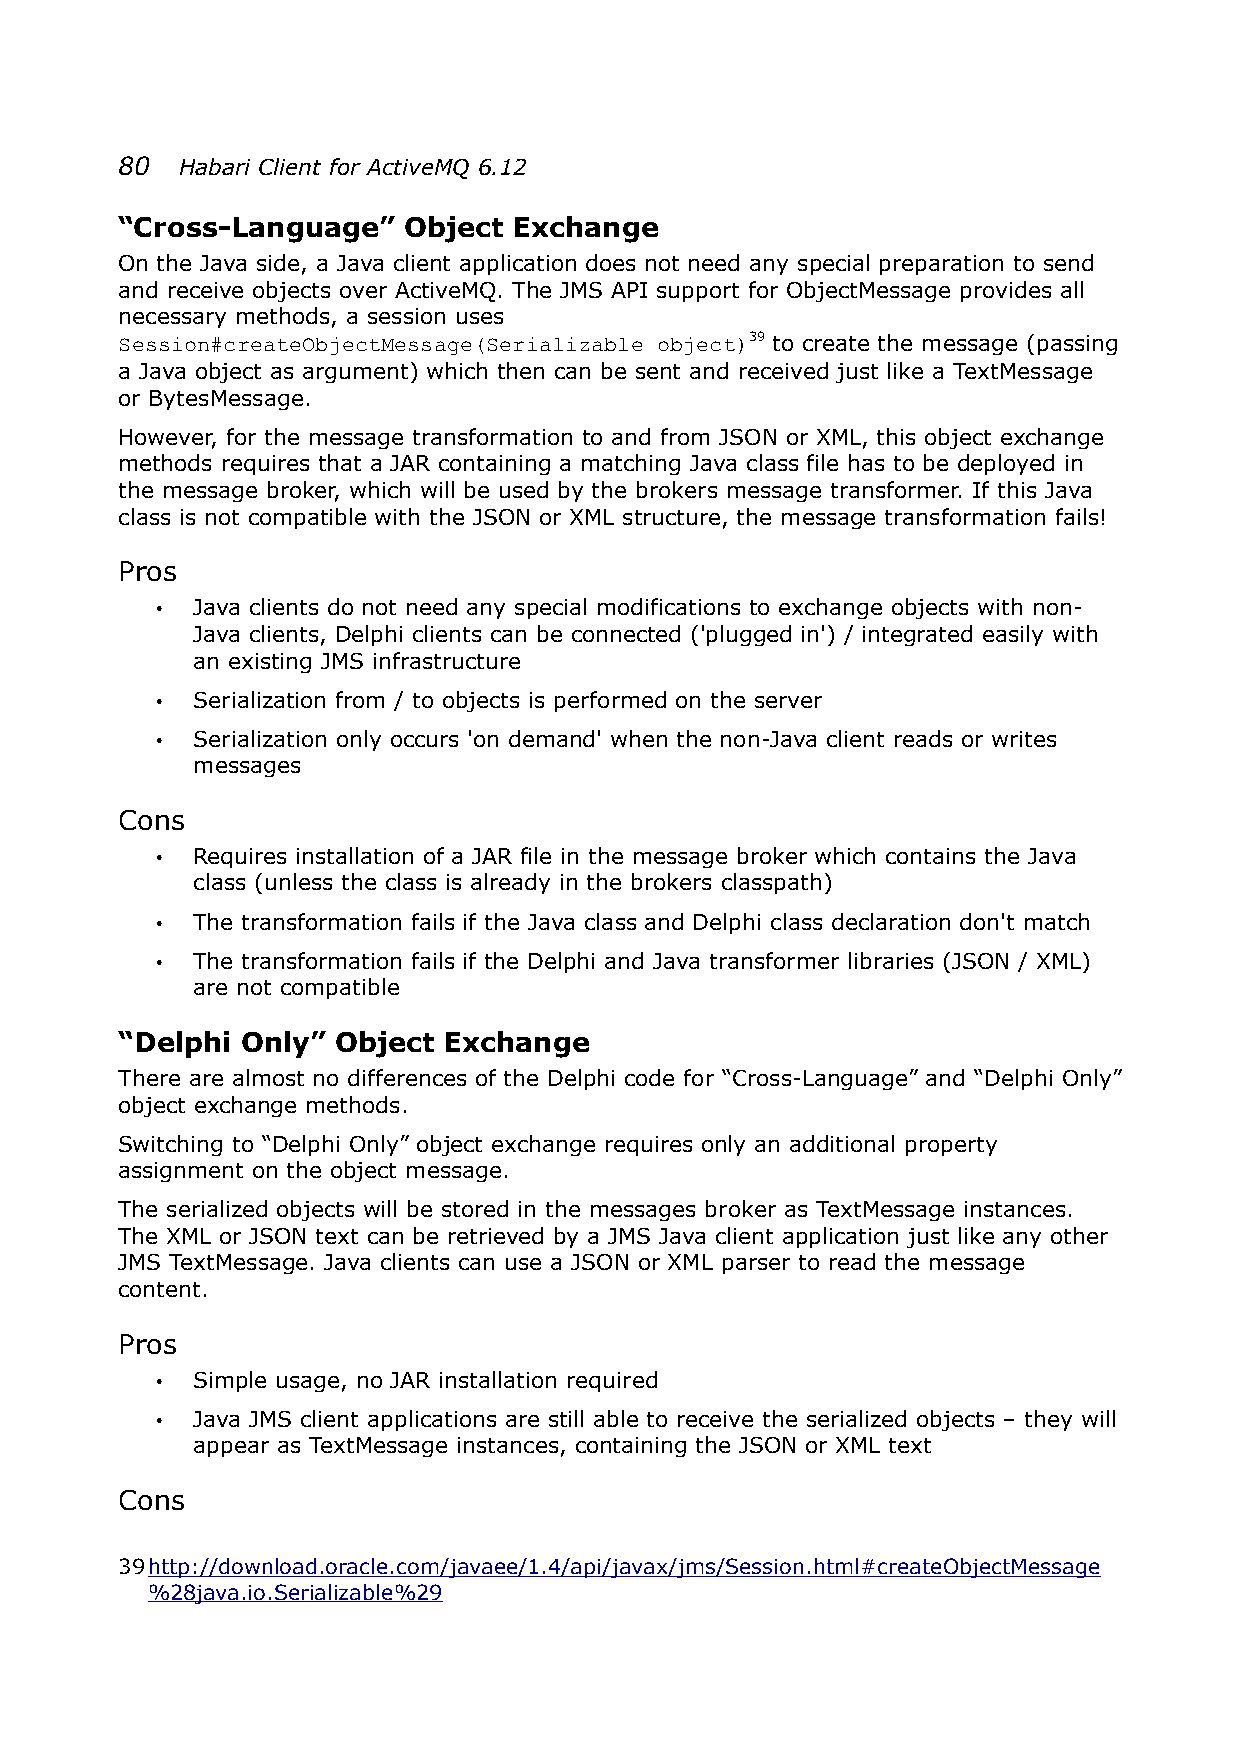
80  Habari Client for ActiveMQ 6.12
 “Cross-Language”   Object Exchange
 On the Java side, a Java client application does not need any special preparation to send
 and receive objects over ActiveMQ. The JMS API support for ObjectMessage provides all
 necessary methods, a session uses
 Session#createObjectMessage(Serializable object)39 to create the message (passing
 a Java object as argument) which then can be sent and received just like a TextMessage
 or BytesMessage.
 However, for the message transformation to and from JSON or XML, this object exchange
 methods requires that a JAR containing a matching Java class file has to be deployed in
 the message broker, which will be used by the brokers message transformer. If this Java
 class is not compatible with the JSON or XML structure, the message transformation fails!
 Pros
 •  Java clients do not need any special modifications to exchange objects with non-
 Java clients, Delphi clients can be connected ('plugged in') / integrated easily with
 an existing JMS infrastructure
 •  Serialization from / to objects is performed on the server
 •  Serialization only occurs 'on demand' when the non-Java client reads or writes
 messages
 Cons
 •  Requires installation of a JAR file in the message broker which contains the Java
 class (unless the class is already in the brokers classpath)
 •  The transformation fails if the Java class and Delphi class declaration don't match
 •  The transformation fails if the Delphi and Java transformer libraries (JSON / XML)
 are not compatible
 “Delphi Only” Object Exchange
 There are almost no differences of the Delphi code for “Cross-Language” and “Delphi Only”
 object exchange methods.
 Switching to “Delphi Only” object exchange requires only an additional property
 assignment on the object message.
 The serialized objects will be stored in the messages broker as TextMessage instances.
 The XML or JSON text can be retrieved by a JMS Java client application just like any other
 JMS TextMessage. Java clients can use a JSON or XML parser to read the message
 content.
 Pros
 •  Simple usage, no JAR installation required
 •  Java JMS client applications are still able to receive the serialized objects – they will
 appear as TextMessage instances, containing the JSON or XML text
 Cons
 39 http://download.oracle.com/javaee/1.4/api/javax/jms/Session.html#createObjectMessage
 %28java.io.Serializable%29